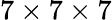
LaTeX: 7\times 7\times 7